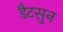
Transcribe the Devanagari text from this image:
डैटसुन